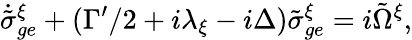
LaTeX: \dot{\tilde{\sigma}}_{ge}^{\xi}+(\Gamma^{\prime}/2+i\lambda_{\xi}-i\Delta)\tilde{\sigma}_{ge}^{\xi}=i\tilde{\Omega}^{\xi},